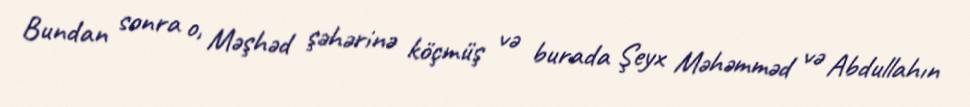
Bundan sonra o, Məşhəd şəhərinə köçmüş və burada Şeyx Məhəmməd və Abdullahın